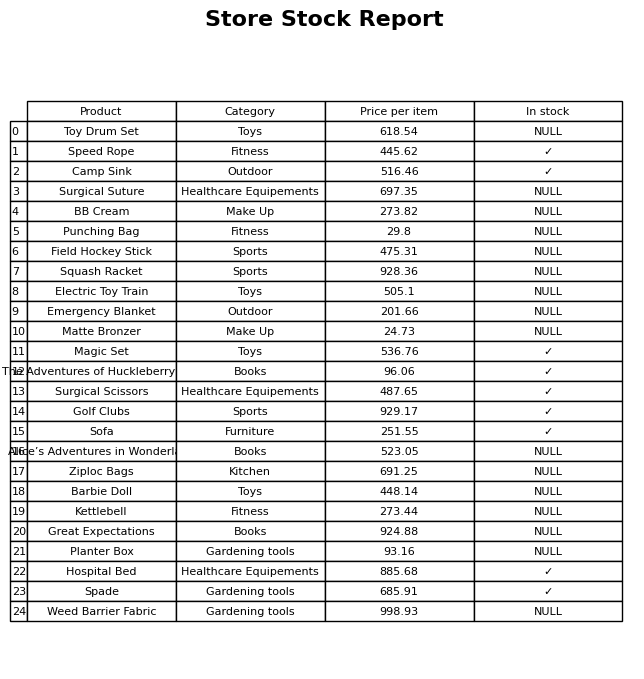
question: What is the price of the Great Expectations?
answer: The price of Great Expectations is 924.88.